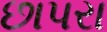
છાપરા